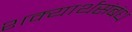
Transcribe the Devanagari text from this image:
शक्यार्थसंबंध